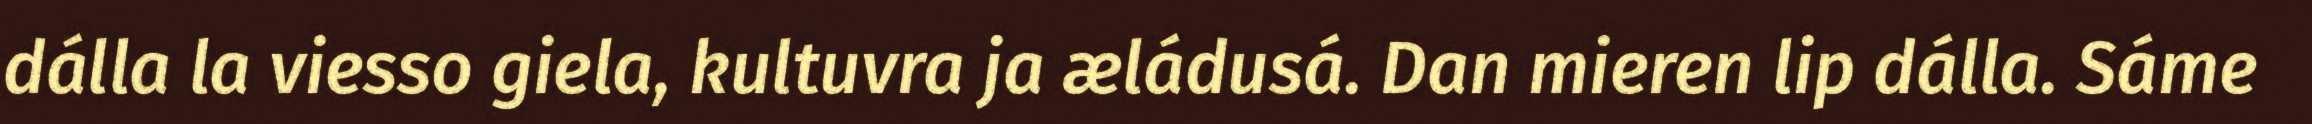
dálla la viesso giela, kultuvra ja æládusá. Dan mieren lip dálla. Sáme